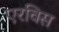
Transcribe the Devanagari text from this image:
एरविस